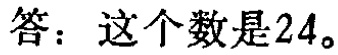
答：这个数是24。